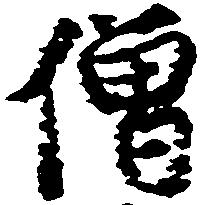
僧